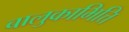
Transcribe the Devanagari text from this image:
बालुकाभित्ति